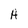
Character: A